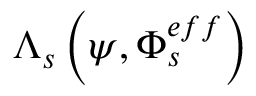
\Lambda _ { s } \left( \psi , \Phi _ { s } ^ { e f f } \right)